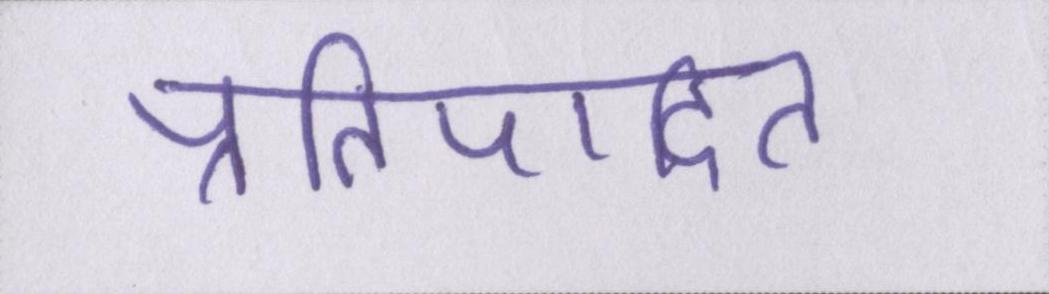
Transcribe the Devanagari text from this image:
प्रतिपादित